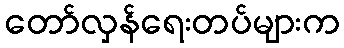
တော်လှန်ရေးတပ်များက